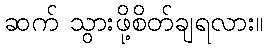
ဆက် သွားဖို့စိတ်ချရလား။